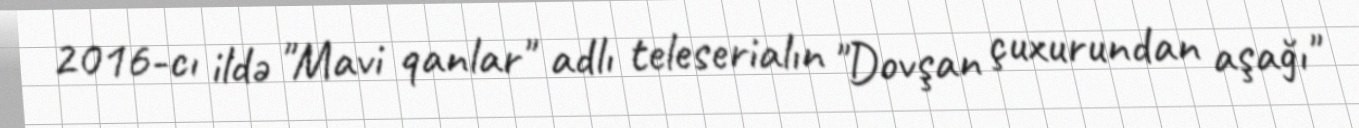
2016-cı ildə "Mavi qanlar" adlı teleserialın "Dovşan çuxurundan aşağı"